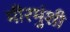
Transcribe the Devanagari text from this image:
मीरमुंशी